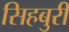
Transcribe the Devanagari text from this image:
सिहबुरी